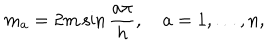
m _ { a } = 2 m \sin \frac { a \pi } { h } , ~ a = 1 , \dots , n ,